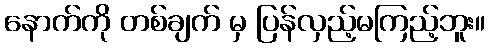
နောက်ကို တစ်ချက် မှ ပြန်လှည့်မကြည့်ဘူး။